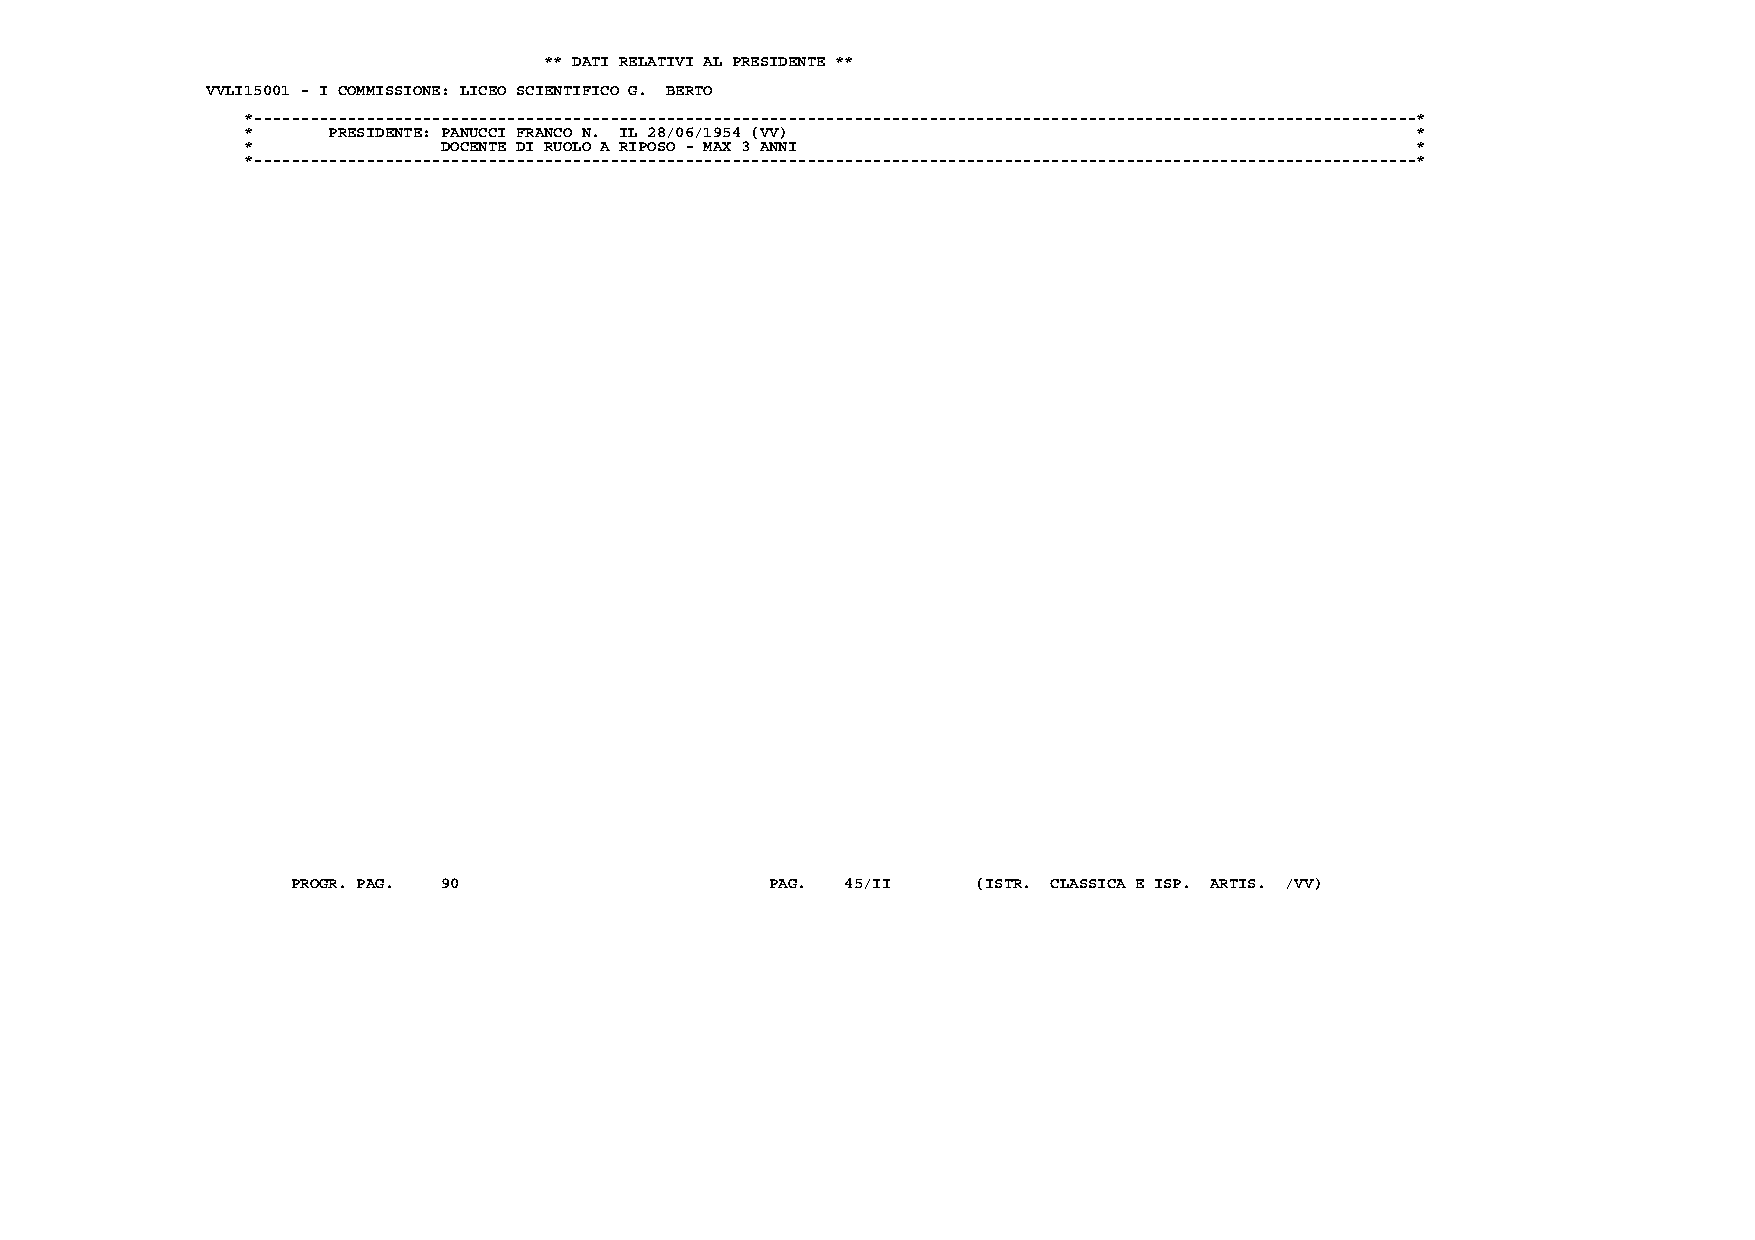
** DATI RELATIVI AL PRESIDENTE **
 VVLI15001 - I COMMISSIONE: LICEO SCIENTIFICO G. BERTO
 *----------------------------------------------------------------------------------------------------------------------------*
 *     PRESIDENTE: PANUCCI FRANCO N. IL 28/06/1954 (VV)                        *
 *            DOCENTE DI RUOLO A RIPOSO - MAX 3 ANNI                           *
 *----------------------------------------------------------------------------------------------------------------------------*
 PROGR. PAG. 90                  PAG. 45/II    (ISTR. CLASSICA E ISP. ARTIS. /VV)